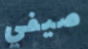
صيفي